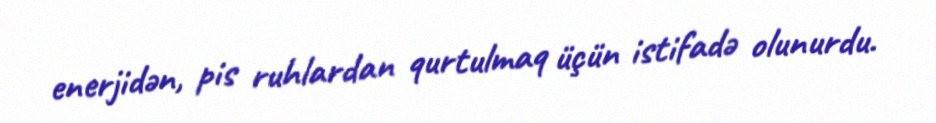
enerjidən, pis ruhlardan qurtulmaq üçün istifadə olunurdu.